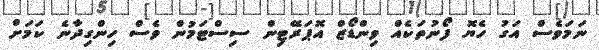
ނަމަވެސް އަގު ހެޔޮ ފޯނުތަކެއް ވިންޑޯޒް އޮޕަރޭޓިން ސިސްޓަމުން ވެސް ހިންގިދާނެ ކަމަށް